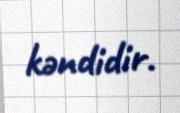
kəndidir.